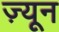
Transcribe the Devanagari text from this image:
ज़्यून